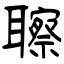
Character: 聺